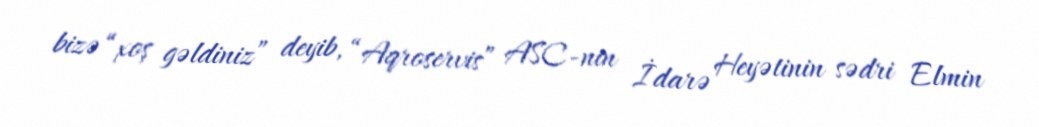
bizə “xoş gəldiniz” deyib, “Aqroservis” ASC-nin İdarə Heyətinin sədri Elmin